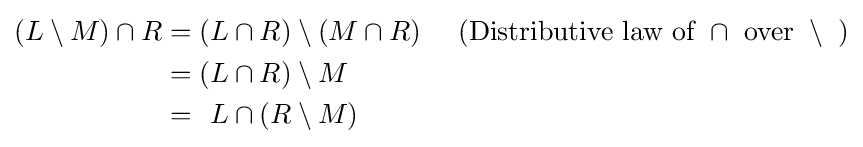
{\begin{alignedat}{4}(L\setminus M)\cap R&=(&&L\cap R)\setminus (M\cap R)~~~{\text{ (Distributive law of }}\cap {\text{ over }}\setminus {\text{ )}}\\&=(&&L\cap R)\setminus M\\&=&&L\cap (R\setminus M)\\\end{alignedat}}